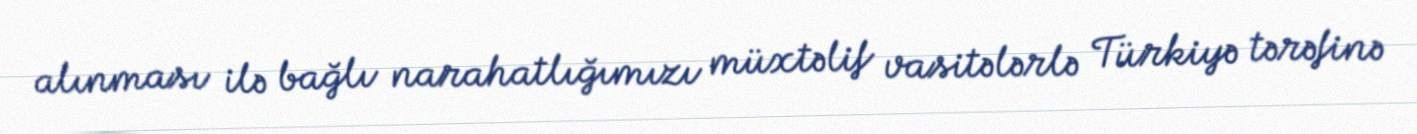
alınması ilə bağlı narahatlığımızı müxtəlif vasitələrlə Türkiyə tərəfinə